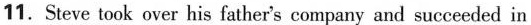
11. Steve took over his father's company and succeeded in